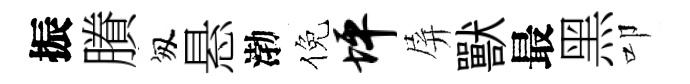
振賸匆悬渤倪坪屏獸最黑叩